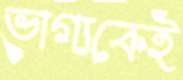
ভাগ্যকেই